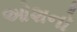
ઓશનો